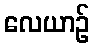
လေယာဉ်